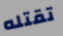
تقتله